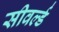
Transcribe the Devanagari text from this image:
सीवर्ल्ड